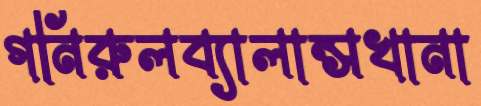
গনিরুলব্যালান্সখানা